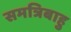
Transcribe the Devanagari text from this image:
समत्रिबाहु